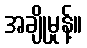
အချိုမှုန့်။